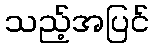
သည့်အပြင်